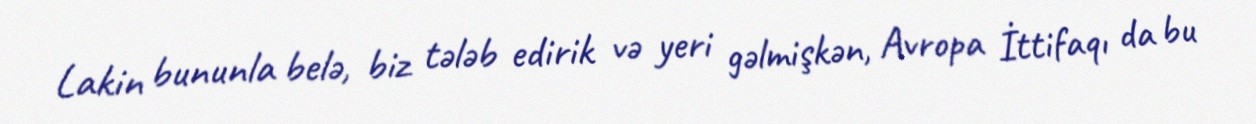
Lakin bununla belə, biz tələb edirik və yeri gəlmişkən, Avropa İttifaqı da bu